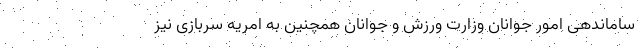
ساماندهی امور جوانان وزارت ورزش و جوانان همچنین به امریه سربازی نیز